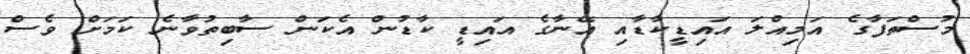
މުސްތަފާގެ އަމިއްލަ އައިޑީކާޑާއި އޭނާގެ އައިޑީ ކާޑުން އެކަން ސާބިތުވާނެ ކަމަށް ވެސް